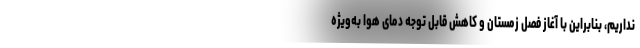
نداریم، بنابراین با آغاز فصل زمستان و کاهش قابل توجه دمای هوا به‌ویژه